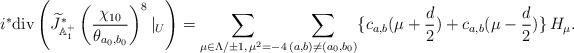
LaTeX: \begin{align*}i^{*}{\rm div}\left(\widetilde{J}_{{\Bbb A}_{1}^{+}}^{*}\left(\frac{\chi_{10}}{\theta_{a_{0},b_{0}}}\right)^{8}|_{U}\right)=\sum_{\mu\in\Lambda/\pm1,\,\mu^{2}=-4}\sum_{(a,b)\not=(a_{0},b_{0})}\{c_{a,b}(\mu+\frac{d}{2})+c_{a,b}(\mu-\frac{d}{2})\}\,H_{\mu}.\end{align*}